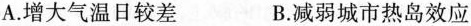
A.增大气温日较差 B.减弱城市热岛效应